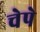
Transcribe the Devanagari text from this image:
चेपे